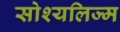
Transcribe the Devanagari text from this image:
सोश्यलिज्म